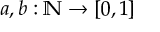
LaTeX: a , b : \mathbb { N } \rightarrow [ 0 , 1 ]